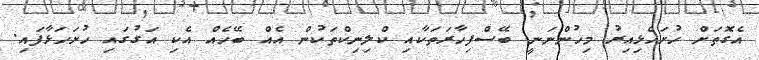
އެގޮތަށް ހުށަހެޅިއިރު މިހުންނަނީ ބޭސްފިހާރަތަކާއި ކްލިނިކްތަކުން އެއް ބޭހެއް އެކި އަގުގައި ހުށަހަޅާފައި.